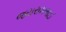
જયરામભાઈ